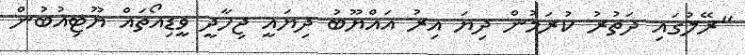
"ރޭލުގައި ދަތުރު ކުރަމުން ދިޔަ އިރު އައްޔޫބު ދިޔައީ ޖިހާދީ ވީޑިއޯތައް ޔޫޓިއުބުން